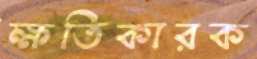
ক্ষতিকারক